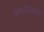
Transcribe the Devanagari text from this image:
बार्डरटाउन